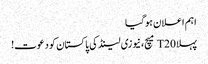
اہم اعلان ہوگیا
پہلا T20 میچ، نیوزی لینڈ کی پاکستان کو دعوت!